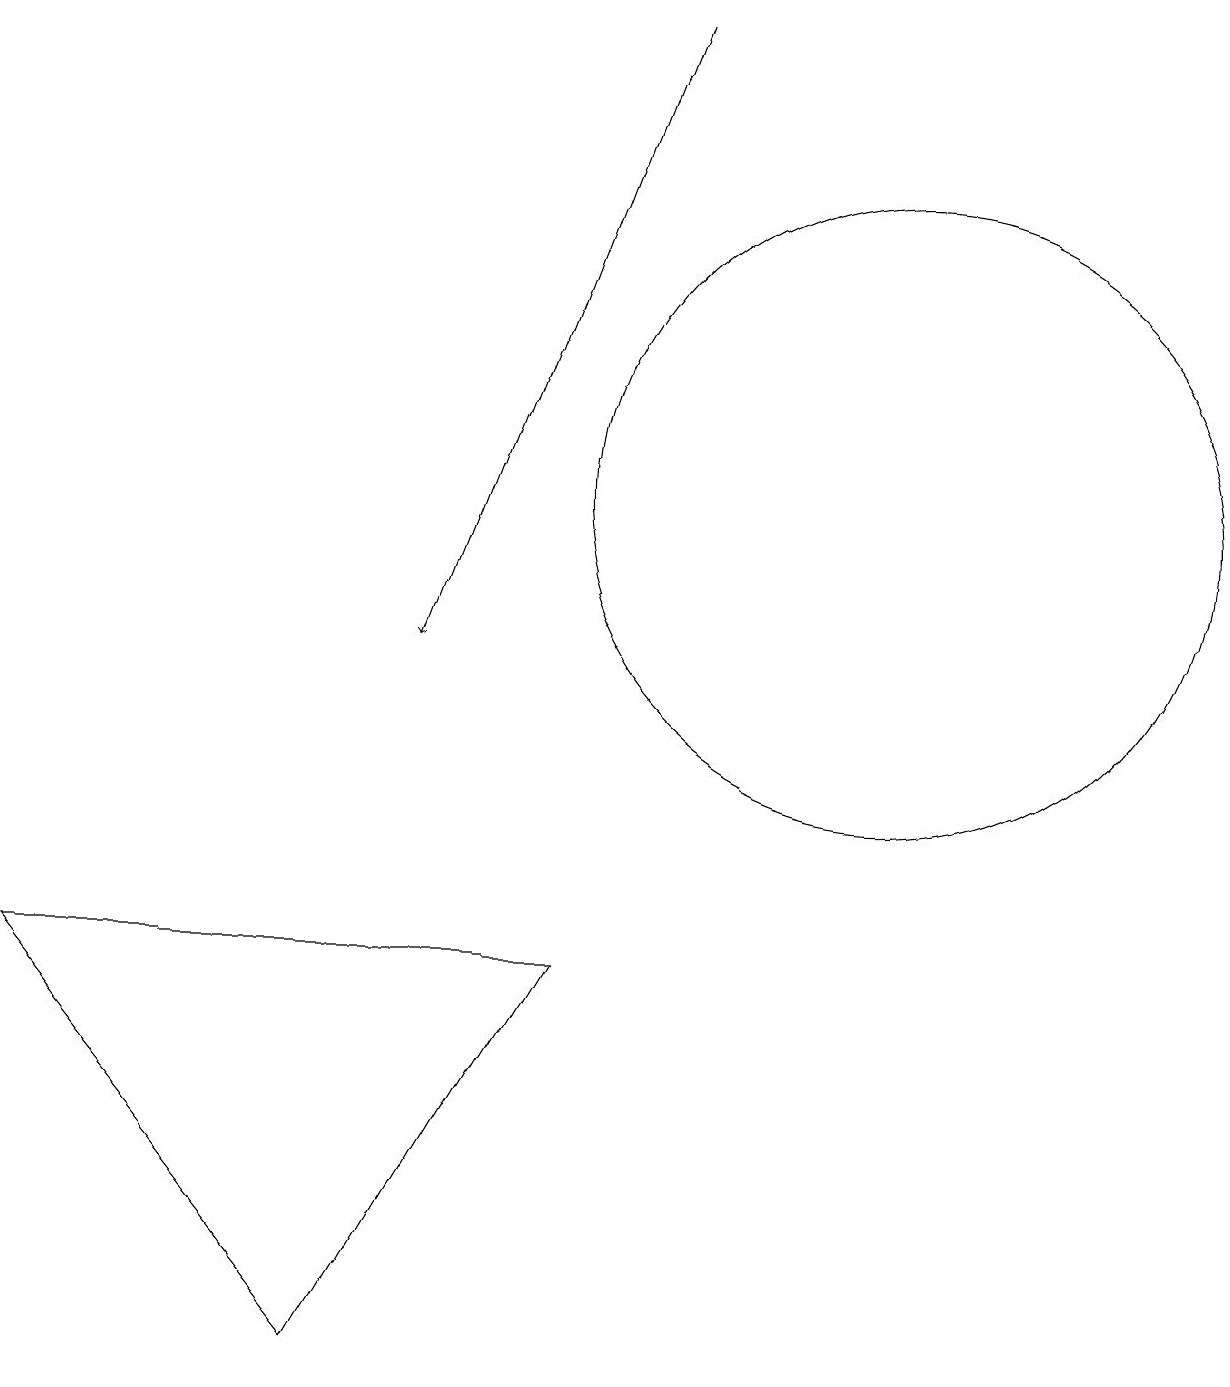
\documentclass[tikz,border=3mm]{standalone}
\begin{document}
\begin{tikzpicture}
\draw (7,6) -- (0,6) -- (4,1) -- cycle;
\draw (11,12) circle (4);
\draw[->] (8,18) -- (5,10);
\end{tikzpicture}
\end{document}